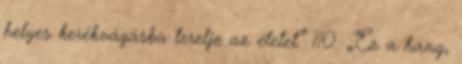
helyes kerékvágásba terelje az életet.” 110. „Ez a hang,